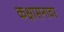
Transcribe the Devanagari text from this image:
कक्षासनावर